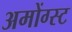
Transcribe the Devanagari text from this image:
अमोंग्स्ट